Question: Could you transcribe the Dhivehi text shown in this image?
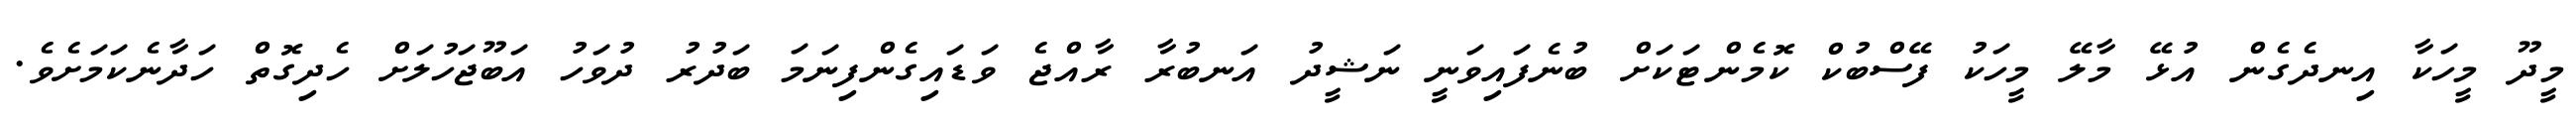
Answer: މީދޫ މީހަކާ އިނދެގެން އުޅޭ މާލޭ މީހަކު ފޭސްބުކް ކޮމެންޓަކަށް ބުނެފައިވަނީ ނަޝީދު އަނބުރާ ރާއްޖެ ވަޑައިގެންފިނަމަ ބަދުރު ދުވަހު އަބޫޖަހުލަށް ހެދިގޮތް ހަދާނެކަމަށެވެ.